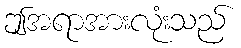
ဤအရာအားလုံးသည်